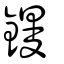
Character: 鏝